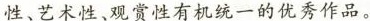
性、艺术性、观赏性有机统一的优秀作品。